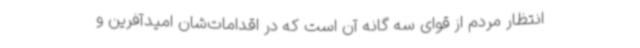
انتظار مردم از قوای سه گانه آن است که در اقدامات‌شان امیدآفرین و